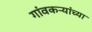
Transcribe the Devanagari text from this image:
गांवकऱ्यांच्या